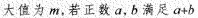
大值为m，若正数a，b满足$$a + b